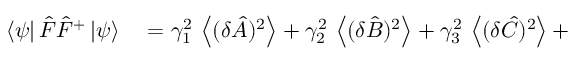
\begin{array} { r l } { \left\langle \psi \right| { \hat { F } } { \hat { F } } ^ { + } \left| \psi \right\rangle } & { { } = \gamma _ { 1 } ^ { 2 } \, \left\langle ( \delta { \hat { A } } ) ^ { 2 } \right\rangle + \gamma _ { 2 } ^ { 2 } \, \left\langle ( \delta { \hat { B } } ) ^ { 2 } \right\rangle + \gamma _ { 3 } ^ { 2 } \, \left\langle ( \delta { \hat { C } } ) ^ { 2 } \right\rangle + } \end{array}